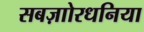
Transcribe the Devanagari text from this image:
सबज़ाोरधनिया